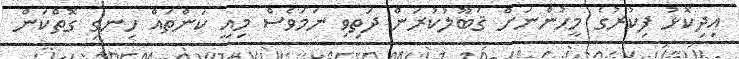
އިދިކޮޅު ފިކުރުގެ މީހުންނަށް ޤަބޫލުކުރަން ދަތިވި ނަމަވެސް މިއީ ކަންތައް ހިނގި ގޮތްކަން